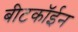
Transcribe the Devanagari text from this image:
बीटकॉईन